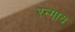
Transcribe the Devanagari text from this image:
रन्गाय